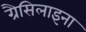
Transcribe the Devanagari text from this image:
ग्रैसिलाइना